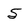
Character: 5